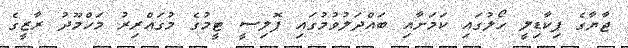
ޖާޔާގެ ޕިކާޑިލީ ހޯލުގައި ކަމަށާއި ބައްދަލުވުމުގައި ޕޮލިސީ ޓީމުގެ މުގައްރިރު މަހްމޫދު ރާޒީގެ